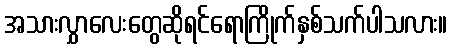
အသားလွှာလေးတွေဆိုရင်ရောကြိုက်နှစ်သက်ပါသလား။